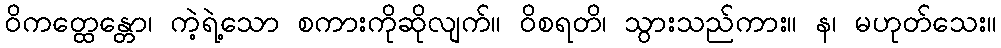
ဝိကတ္ထေန္တော၊ ကဲ့ရဲ့သော စကားကိုဆိုလျက်။ ဝိစရတိ၊ သွားသည်ကား။ န၊ မဟုတ်သေး။